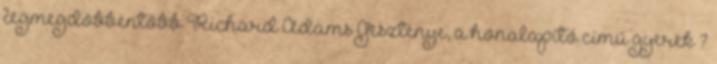
legmegdöbbentőbb Richard Adams Gesztenye, a honalapító című gyerek ?